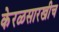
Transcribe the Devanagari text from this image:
केरळसारखीच